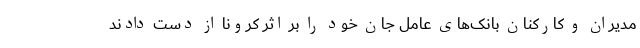
مدیران و کارکنان بانک‌های عامل جان خود را بر اثر کرونا از دست دادند